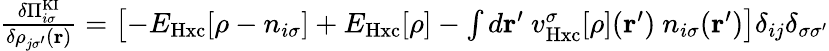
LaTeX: \begin{array}{r}{\frac{\delta\Pi_{i\sigma}^{\mathrm{KI}}}{\delta\rho_{j\sigma^{\prime}}(\mathbf{r})}=\left[-E_{\mathrm{Hxc}}[\rho-n_{i\sigma}]+E_{\mathrm{Hxc}}[\rho]-\int d\mathbf{r^{\prime}}\ v_{\mathrm{Hxc}}^{\sigma}[\rho](\mathbf{r}^{\prime})\ n_{i\sigma}(\mathbf{r^{\prime}})\right]\delta_{ij}\delta_{\sigma\sigma^{\prime}}}\end{array}